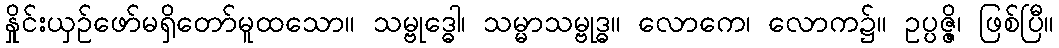
နှိုင်းယှဉ်ဖော်မရှိတော်မူထသော။ သမ္ဗုဒ္ဓေါ၊ သမ္မာသမ္ဗုဒ္ဓ။ လောကေ၊ လောက၌။ ဥပ္ပဇ္ဇိ၊ ဖြစ်ပြီ။